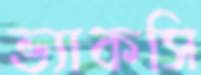
ভ্যাকসি